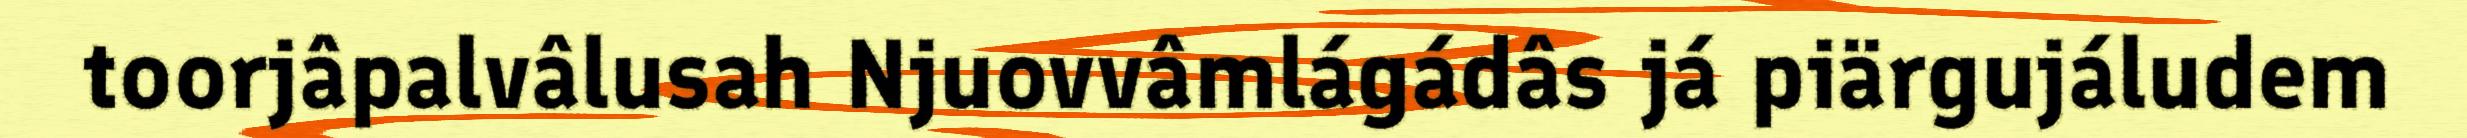
toorjâpalvâlusah Njuovvâmlágádâs já piärgujáludem